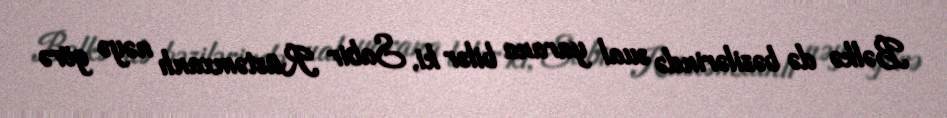
Bəlkə də bəzilərində sual yarana bilər ki, Sabir Rüstəmxanlı nəyə görə